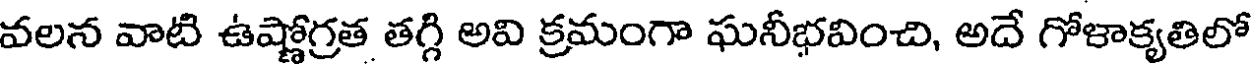
వలన వాటి ఉష్ణోగ్రత తగ్గి అవి క్రమంగా ఘనీభవించి, అదే గోళాక్యతిలో